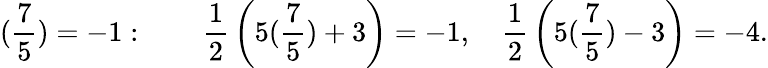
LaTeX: ({\frac{7}{5}})=-1:\qquad{\frac{1}{2}}\left(5({\frac{7}{5}})+3\right)=-1,\quad{\frac{1}{2}}\left(5({\frac{7}{5}})-3\right)=-4.